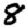
Digit: 8